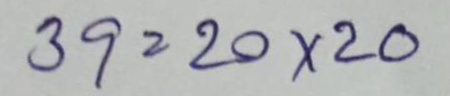
39 =20x20